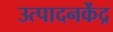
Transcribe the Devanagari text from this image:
उत्पादनकेंद्र